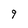
Character: 9